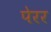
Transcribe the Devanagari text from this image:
पेरर